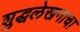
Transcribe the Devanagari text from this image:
शुद्धलेखनाचा